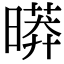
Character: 㬒